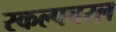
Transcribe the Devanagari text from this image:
स्‍कल्‍पचरल